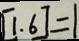
[ 1 . 6 ] = 1